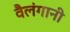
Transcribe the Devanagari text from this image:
वैलंगानी